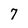
Character: 7